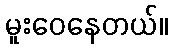
မူးဝေနေတယ်။